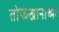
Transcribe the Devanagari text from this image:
तोफखानाच्या